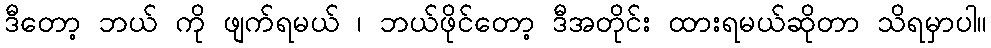
ဒီတော့ ဘယ် ကို ဖျက်ရမယ် ၊ ဘယ်ဖိုင်တော့ ဒီအတိုင်း ထားရမယ်ဆိုတာ သိရမှာပါ။